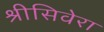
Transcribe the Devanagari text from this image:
श्रीसिवेरा